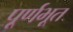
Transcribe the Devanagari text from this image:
पूर्णभूत